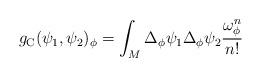
LaTeX: \begin{align*} g_\textup{C}(\psi_1, \psi_2)_\phi = \int_M \Delta_\phi \psi_1 \Delta_\phi \psi_2 \frac{\omega_{\phi}^{n}}{n!}\end{align*}